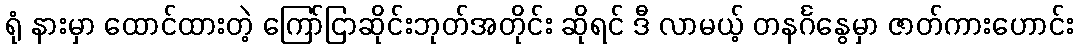
ရုံ နားမှာ ထောင်ထားတဲ့ ကြော်ငြာဆိုင်းဘုတ်အတိုင်း ဆိုရင် ဒီ လာမယ့် တနင်္ဂနွေမှာ ဇာတ်ကားဟောင်း